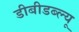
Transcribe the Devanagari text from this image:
डीबीडब्ल्यू